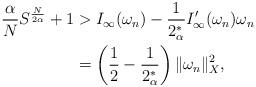
LaTeX: \begin{align*}\frac{\alpha}{N}S^\frac{N}{2\alpha}+1&>I_\infty(\omega_n)-\frac{1}{2_\alpha^*}I'_\infty(\omega_n)\omega_n\\&=\left(\frac{1}{2}-\frac{1}{2_\alpha^*}\right)\|\omega_n\|_X^2,\end{align*}